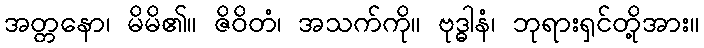
အတ္တနော၊ မိမိ၏။ ဇိဝိတံ၊ အသက်ကို။ ဗုဒ္ဓါနံ၊ ဘုရားရှင်တို့အား။